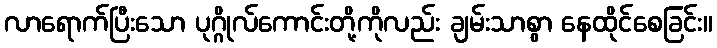
လာရောက်ပြီးသော ပုဂ္ဂိုလ်ကောင်းတို့ကိုလည်း ချမ်းသာစွာ နေထိုင်စေခြင်း။